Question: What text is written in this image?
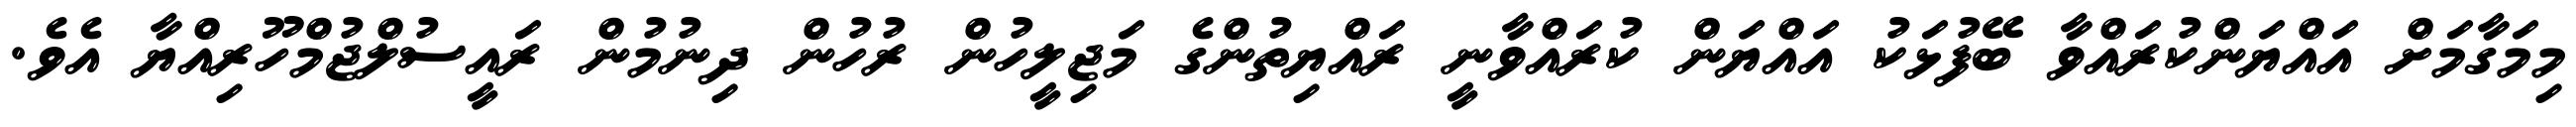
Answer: މިމަގާމަށް އައްޔަންކުރައްވާ ބޭފުޅަކު އައްޔަން ކުރައްވާނީ ރައްޔިތުންގެ މަޖިލީހުން ރުހުން ދިނުމުން ރައީސުލްޖުމްހޫރިއްޔާ އެވެ.